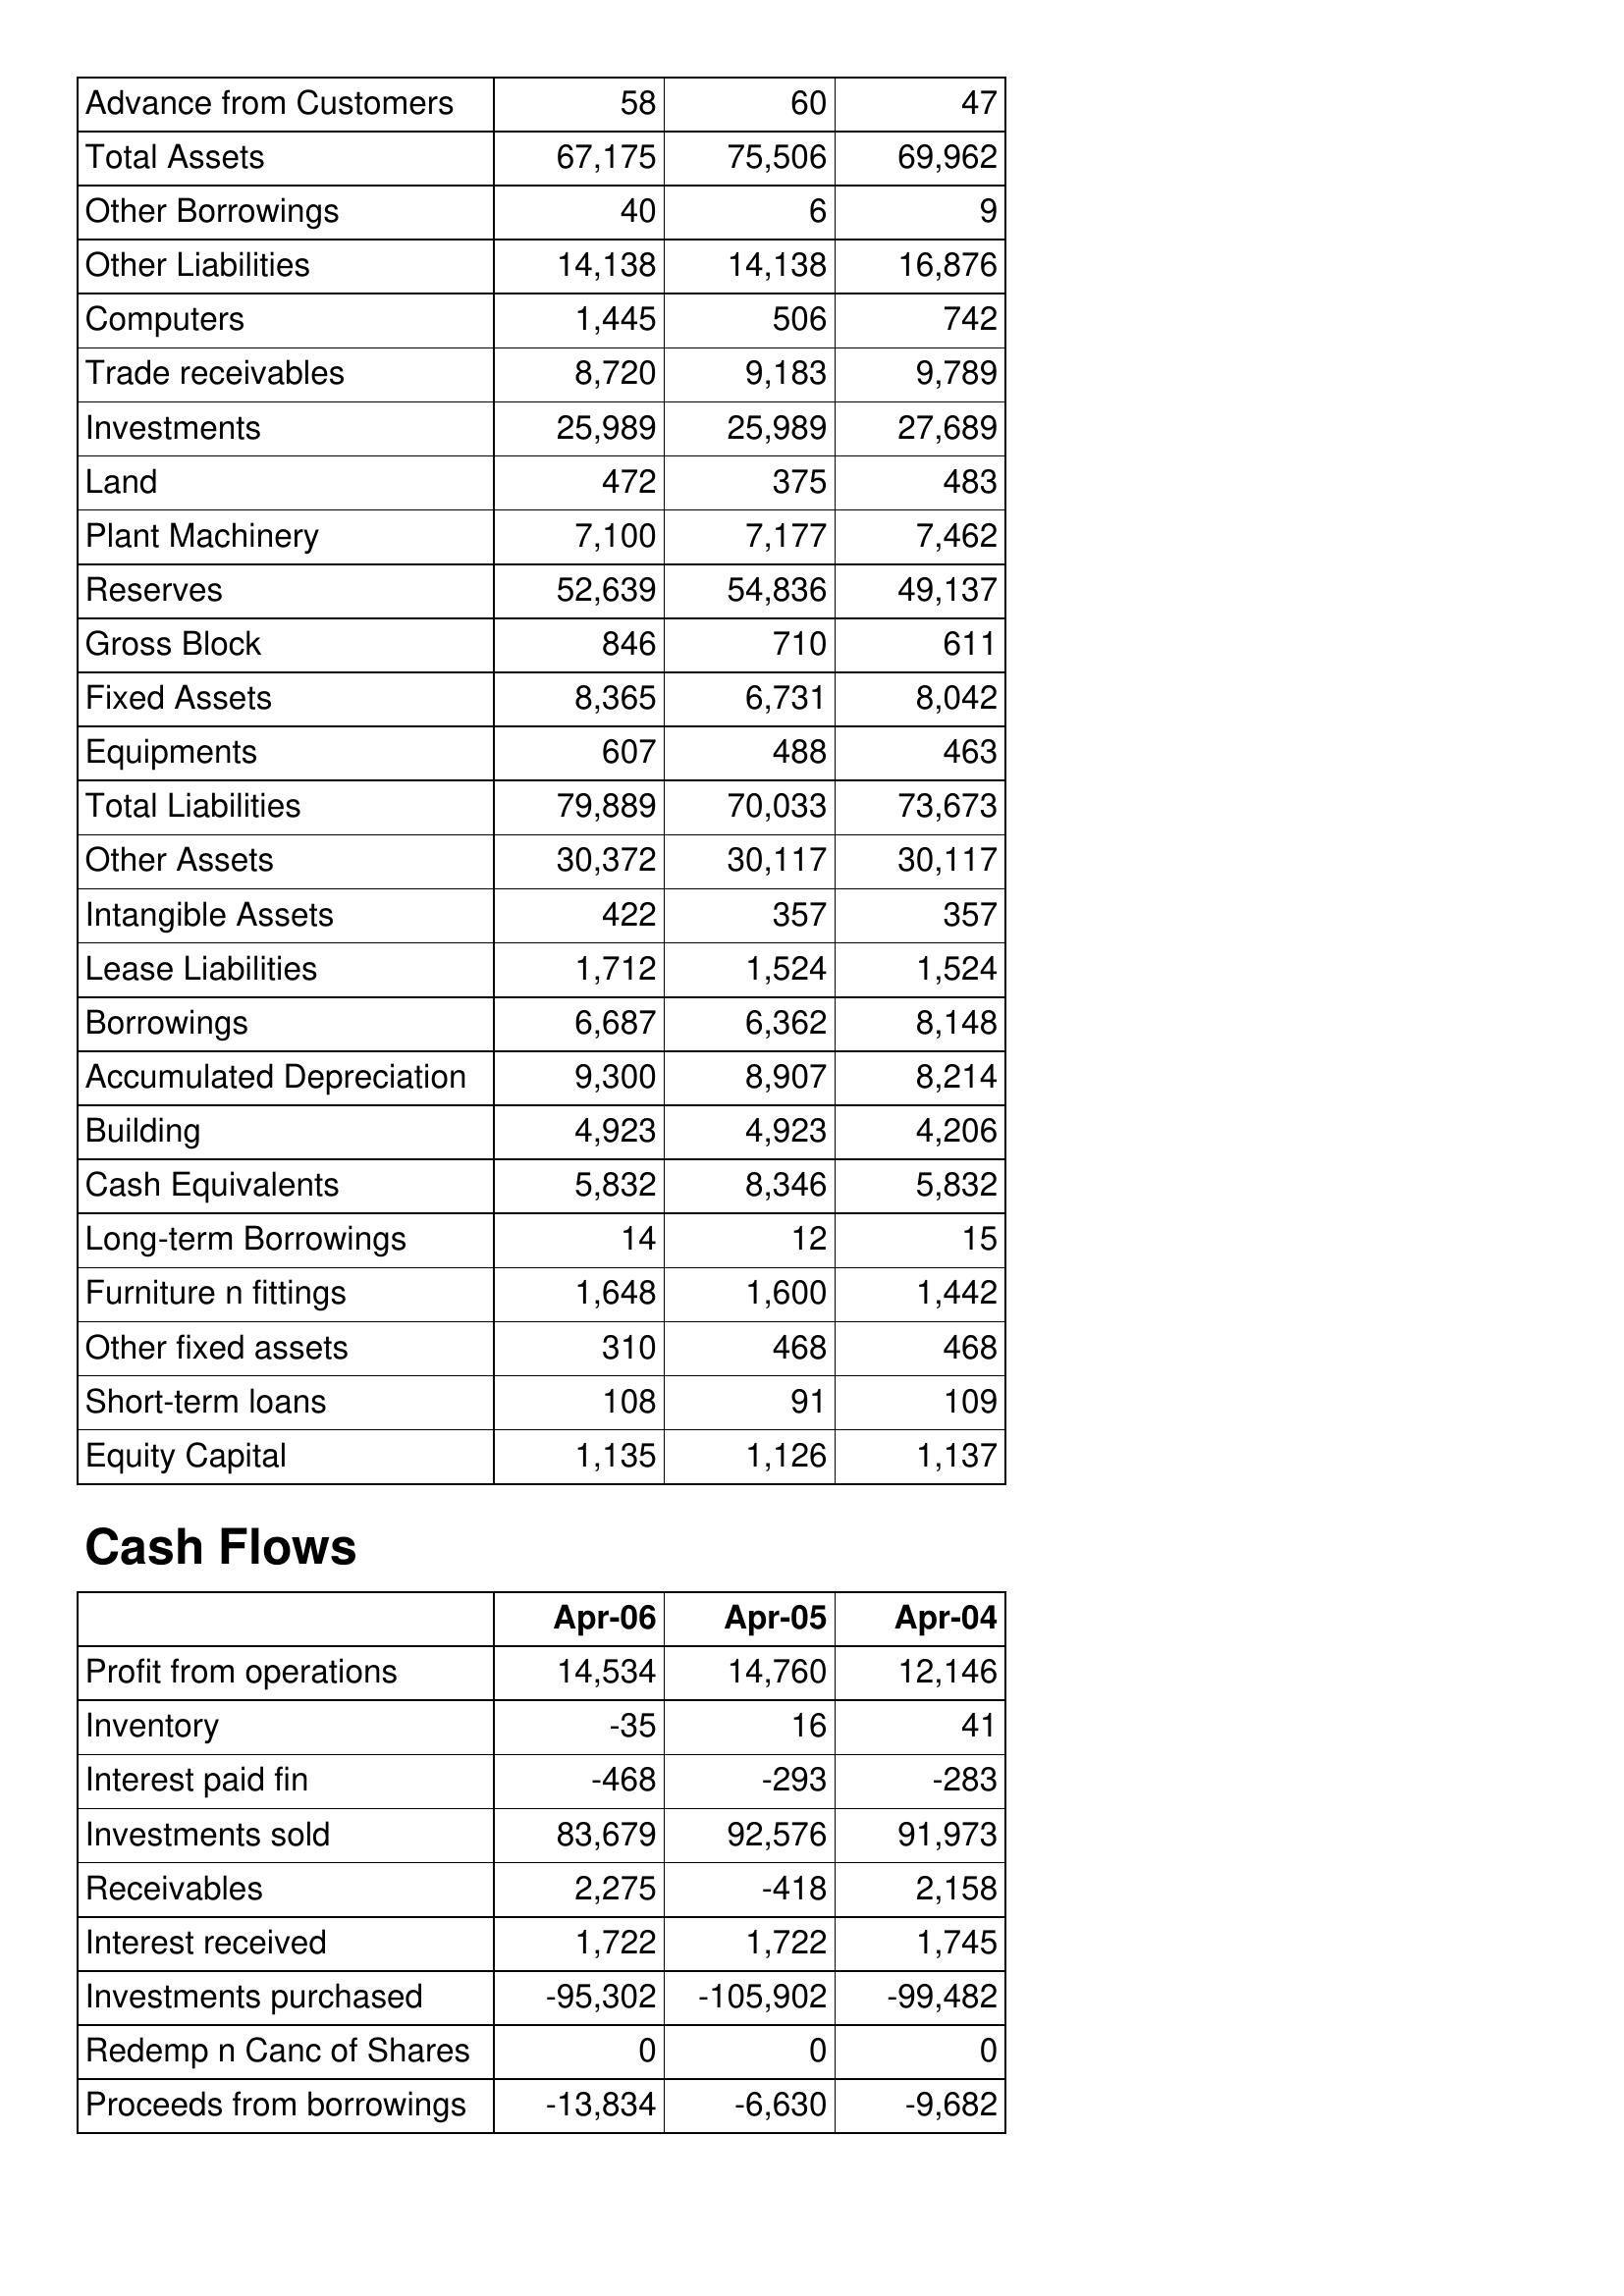
Apr-06: Balance Sheet: Advance from Customers: 58
Total Assets: 67,175
Other Borrowings: 40
Other Liabilities: 14,138
Computers: 1,445
Trade receivables: 8,720
Investments: 25,989
Land: 472
Plant Machinery: 7,100
Reserves: 52,639
Gross Block: 846
Fixed Assets: 8,365
Equipments: 607
Total Liabilities: 79,889
Other Assets: 30,372
Intangible Assets: 422
Lease Liabilities: 1,712
Borrowings: 6,687
Accumulated Depreciation: 9,300
Building: 4,923
Cash Equivalents: 5,832
Long-term Borrowings: 14
Furniture n fittings: 1,648
Other fixed assets: 310
Short-term loans: 108
Equity Capital: 1,135
Cash Flows: Profit from operations: 14,534
Inventory: -35
Interest paid fin: -468
Investments sold: 83,679
Receivables: 2,275
Interest received: 1,722
Investments purchased: -95,302
Redemp n Canc of Shares: 0
Proceeds from borrowings: -13,834
Apr-05: Balance Sheet: Advance from Customers: 60
Total Assets: 75,506
Other Borrowings: 6
Other Liabilities: 14,138
Computers: 506
Trade receivables: 9,183
Investments: 25,989
Land: 375
Plant Machinery: 7,177
Reserves: 54,836
Gross Block: 710
Fixed Assets: 6,731
Equipments: 488
Total Liabilities: 70,033
Other Assets: 30,117
Intangible Assets: 357
Lease Liabilities: 1,524
Borrowings: 6,362
Accumulated Depreciation: 8,907
Building: 4,923
Cash Equivalents: 8,346
Long-term Borrowings: 12
Furniture n fittings: 1,600
Other fixed assets: 468
Short-term loans: 91
Equity Capital: 1,126
Cash Flows: Profit from operations: 14,760
Inventory: 16
Interest paid fin: -293
Investments sold: 92,576
Receivables: -418
Interest received: 1,722
Investments purchased: -105,902
Redemp n Canc of Shares: 0
Proceeds from borrowings: -6,630
Apr-04: Balance Sheet: Advance from Customers: 47
Total Assets: 69,962
Other Borrowings: 9
Other Liabilities: 16,876
Computers: 742
Trade receivables: 9,789
Investments: 27,689
Land: 483
Plant Machinery: 7,462
Reserves: 49,137
Gross Block: 611
Fixed Assets: 8,042
Equipments: 463
Total Liabilities: 73,673
Other Assets: 30,117
Intangible Assets: 357
Lease Liabilities: 1,524
Borrowings: 8,148
Accumulated Depreciation: 8,214
Building: 4,206
Cash Equivalents: 5,832
Long-term Borrowings: 15
Furniture n fittings: 1,442
Other fixed assets: 468
Short-term loans: 109
Equity Capital: 1,137
Cash Flows: Profit from operations: 12,146
Inventory: 41
Interest paid fin: -283
Investments sold: 91,973
Receivables: 2,158
Interest received: 1,745
Investments purchased: -99,482
Redemp n Canc of Shares: 0
Proceeds from borrowings: -9,682